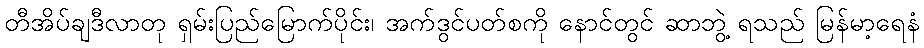
တီအိပ်ချဒီလာတု ရှမ်းပြည်မြောက်ပိုင်း၊ အက်ဒွင်ပတ်စကို နောင်တွင် ဆာဘွဲ့ ရသည် မြန်မာ့ရေနံ